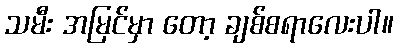
သမီး အမြင်မှာ တော့ ချစ်စရာလေးပါ။